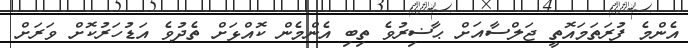
އެންމެ ފުރަތަމައޮތީ ޖަލްސާއަށް ޙާޟިރުވެ ތިބި އެންމެން ކޮއްޅަށް ތެދުވެ އަޑުހަރުކޮށް ވަރަށް